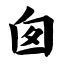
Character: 囱